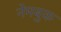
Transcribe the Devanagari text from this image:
नेमबुक